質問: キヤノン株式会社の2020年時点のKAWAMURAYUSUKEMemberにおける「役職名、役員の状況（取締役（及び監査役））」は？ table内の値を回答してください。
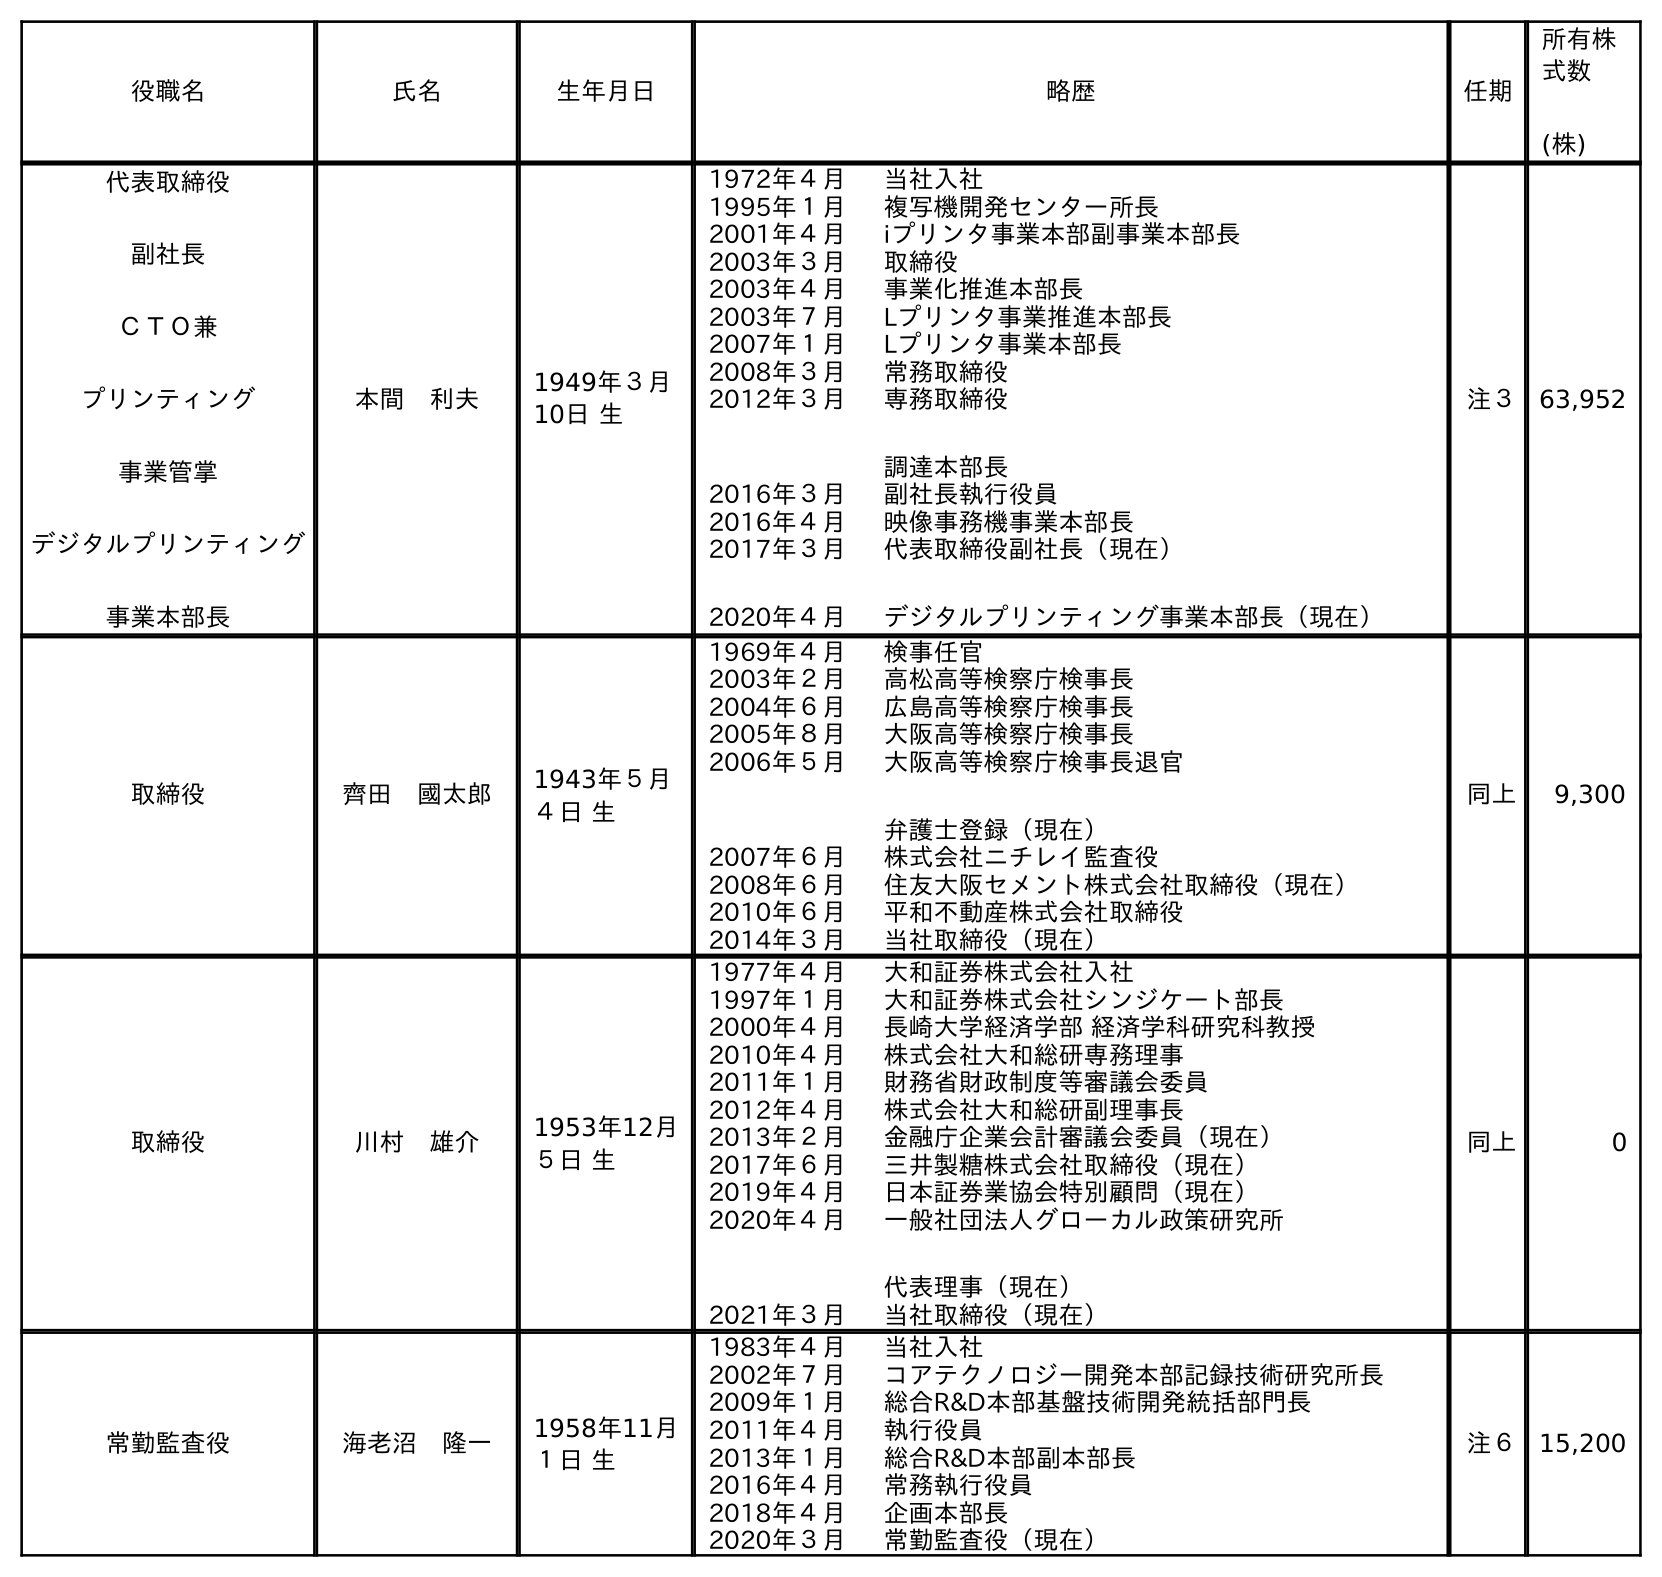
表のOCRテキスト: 役職名 氏名 生年月日 略歴 任期 所有株 式数 (株) 代表取締役 副社長 ＣＴＯ兼 プリンティング 事業管掌 デジタルプリンティング 事業本部長 本間 利夫 1949年３月 10日 生 1972年４月 当社入社 1995年１月 複写機開発センター所長 2001年４月 iプリンタ事業本部副事業本部長 2003年３月 取締役 2003年４月 事業化推進本部長 2003年７月 Lプリンタ事業推進本部長 2007年１月 Lプリンタ事業本部長 2008年３月 常務取締役 2012年３月 専務取締役 調達本部長 2016年３月 副社長執行役員 2016年４月 映像事務機事業本部長 2017年３月 2020年４月 代表取締役副社長（現在） デジタルプリンティング事業本部長（現在） 注３ 63,952 取締役 齊田 國太郎 1943年５月 ４日 生 1969年４月 検事任官 2003年２月 高松高等検察庁検事長 2004年６月 広島高等検察庁検事長 2005年８月 大阪高等検察庁検事長 2006年５月 大阪高等検察庁検事長退官 弁護士登録（現在） 2007年６月 株式会社ニチレイ監査役 2008年６月 住友大阪セメント株式会社取締役（現在） 2010年６月 平和不動産株式会社取締役 2014年３月 当社取締役（現在） 同上 9,300 取締役 川村 雄介 1953年12月 ５日 生 1977年４月 大和証券株式会社入社 1997年１月 大和証券株式会社シンジケート部長 2000年４月 長崎大学経済学部 経済学科研究科教授 2010年４月 株式会社大和総研専務理事 2011年１月 財務省財政制度等審議会委員 2012年４月 株式会社大和総研副理事長 2013年２月 金融庁企業会計審議会委員（現在） 2017年６月 三井製糖株式会社取締役（現在） 2019年４月 日本証券業協会特別顧問（現在） 2020年４月 一般社団法人グローカル政策研究所 代表理事（現在） 2021年３月 当社取締役（現在） 同上 0 常勤監査役 海老沼 隆一 1958年11月 １日 生 1983年４月 当社入社 2002年７月 コアテクノロジー開発本部記録技術研究所長 2009年１月 総合R&D本部基盤技術開発統括部門長 2011年４月 執行役員 2013年１月 総合R&D本部副本部長 2016年４月 常務執行役員 2018年４月 企画本部長 2020年３月 常勤監査役（現在） 注６ 15,200
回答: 取締役